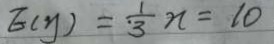
E ( y ) = \frac { 1 } { 3 } n = 1 0